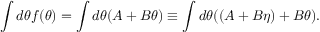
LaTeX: \int d \theta f ( \theta ) = \int d \theta ( A + B \theta ) \equiv \int d \theta ( ( A + B \eta ) + B \theta ) .